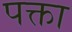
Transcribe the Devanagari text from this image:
पक्ता